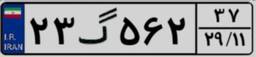
۶۷گ۹۷۴۴۹